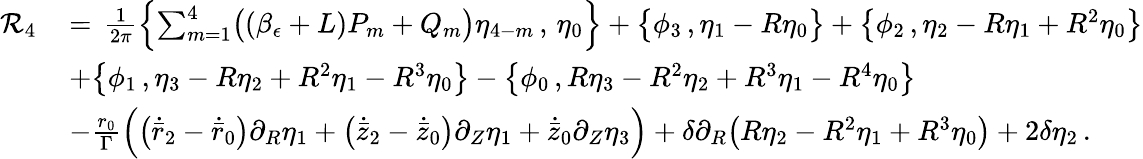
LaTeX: \begin{array}{rl}{\mathcal{R}_{4}\, }&{=\, \frac{1}{2\pi}\Bigl\{ \sum_{m=1}^{4}\bigl((\beta_{\epsilon}+L)P_{m}+Q_{m}\bigr)\eta_{4-m}\, ,\, \eta_{0}\Bigr\} +\bigl\{ \phi_{3}\, ,\eta_{1}-R\eta_{0}\bigr\} +\bigl\{ \phi_{2}\, ,\eta_{2}-R\eta_{1}+R^{2}\eta_{0}\bigr\} }\\ &{+\bigl\{ \phi_{1}\, ,\eta_{3}-R\eta_{2}+R^{2}\eta_{1}-R^{3}\eta_{0}\bigr\} -\bigl\{ \phi_{0}\, ,R\eta_{3}-R^{2}\eta_{2}+R^{3}\eta_{1}-R^{4}\eta_{0}\bigr\} }\\ &{-\frac{r_{0}}{\Gamma}\Bigr(\bigl(\dot{\bar{r}}_{2}-\dot{\bar{r}}_{0}\bigr)\partial_{R}\eta_{1}+\bigl(\dot{\bar{z}}_{2}-\dot{\bar{z}}_{0}\bigr)\partial_{Z}\eta_{1}+\dot{\bar{z}}_{0}\partial_{Z}\eta_{3}\Bigr)+\delta\partial_{R}\bigl(R\eta_{2}-R^{2}\eta_{1}+R^{3}\eta_{0}\bigr)+2\delta\eta_{2}\, .}\end{array}